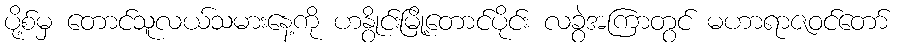
ပို့စ်မှ တောင်သူလယ်သမားနေ့ကို ဟနွိုင်းမြို့တောင်ပိုင်း လခွဲအကြာတွင် မဟာရာဇဝင်တော်